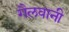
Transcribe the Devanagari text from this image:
गैलवानी